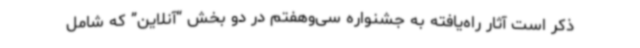
ذکر است آثار راه‌یافته به جشنواره سی‌وهفتم در دو بخش “آنلاین” که شامل